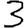
Digit: 3